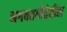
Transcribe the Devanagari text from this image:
भगवतगीतेतील